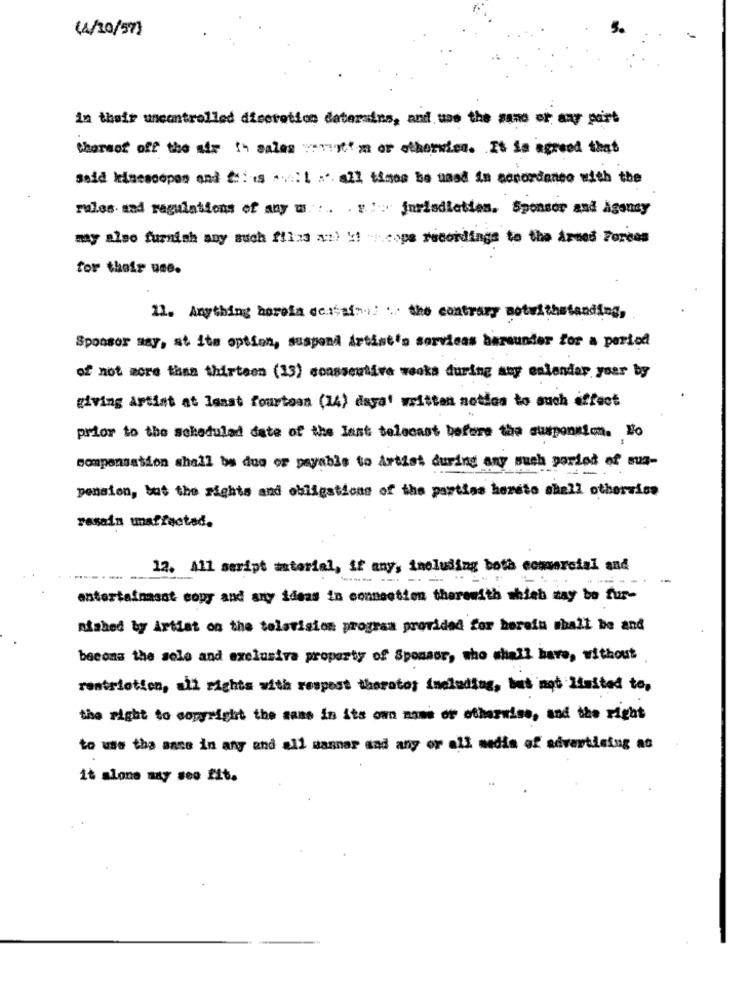
(4/10/57)
in their uncontrolled discretion datersins, and use the sans or any part
thorsof off the air !- sales wavint' m or otherwien. It La agreed that
said kinesoopen and * is * : * all times be used in accordance with the
rules and regulations of any m. .. . . :: jurisdicties. Sponsor and Aganay
my also furnish any such filas a:) ki .cope recordings to the Armed Forces
for their use.
11. Anything horela desaf -.. ... the contrary notwithstanding,
Sponsor may, at its option, suspend Artist's servicas baraunder for a period
of not more than thirteen (13) consseutive weeks during any eslendar your by
giving artist at least fourtoan (14) daya' written notdes to auch effect
prior to the scheduled date of the last telecast before the suspension. No
compensation shall be dos or payable to Artist during any such ported of sus-
pension, but the rights and obligations of the parties hereto shall otherwise
rasain unaffected.
12. All seript material, if any, ineluding both comercial and
entertainasot copy and any ideas in connection therewith which may be fur-
nished by Artist on the television program provided for hereiu mhall be and
becons the sole and exclusiva property of Sponsor, who shall have, without
restriction, all rights with respect therate; including, but not limited to,
the right to copyright the same in its own moms or otherwise, and the right
to use the ance in any and all manner and any or all media of advertising as
it alone may see 225.